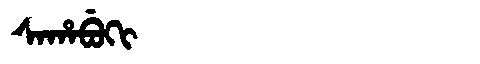
Manchu: ᠰᠠᡥᠠᠪᡠᡴᡳ
Romanization: SAHABUKI